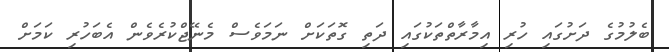
ބެލުމުގެ ދަށުގައި ހުރި އިމާރާތްތަކުގައި ދަތި ގޮތަކަށް ނަމަވެސް މެނޭޖްކުރެވެން އެބަހުރި ކަމަށް